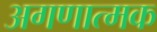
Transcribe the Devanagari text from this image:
अगणात्मक